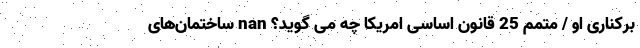
برکناری او / متمم 25 قانون اساسی امریکا چه می گوید؟ nan ساختمان‌های